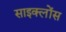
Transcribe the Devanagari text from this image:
साइक्लोंस